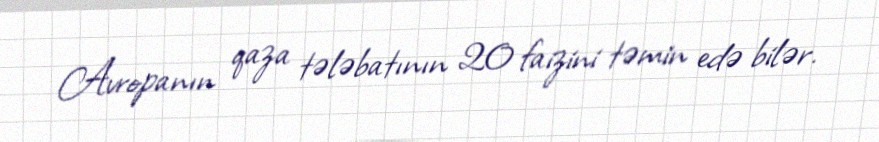
Avropanın qaza tələbatının 20 faizini təmin edə bilər.